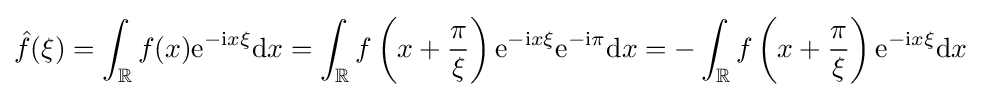
{\hat {f}}(\xi )=\int _{\mathbb {R} }f(x)\mathrm {e} ^{-\mathrm {i} x\xi }\mathrm {d} x=\int _{\mathbb {R} }f\left(x+{\frac {\pi }{\xi }}\right)\mathrm {e} ^{-\mathrm {i} x\xi }\mathrm {e} ^{-\mathrm {i} \pi }\mathrm {d} x=-\int _{\mathbb {R} }f\left(x+{\frac {\pi }{\xi }}\right)\mathrm {e} ^{-\mathrm {i} x\xi }\mathrm {d} x